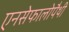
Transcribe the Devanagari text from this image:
एनसेफालोपैथी